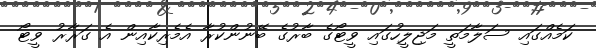
ކަމެއްގައި ސަލާމަތީ މަޖިލީހުގައި ވީޓޯގެ ބާރުގެ ބޭނުންކުރާ އެމެރިކާއިން އެ ގަރާރު ވީޓޯ